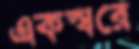
একস্বরে